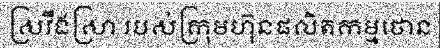
ស្រវឹងស្រា របស់ក្រុមហ៊ុនផលិតកម្មថោន